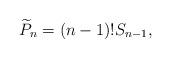
LaTeX: \begin{align*}\widetilde{P}_n = (n-1)!S_{n-1},\end{align*}